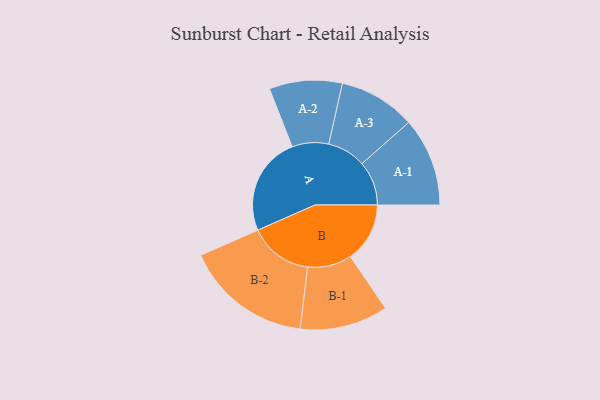
{"axis": {"x": "Segment", "y": "Value"}, "legend": ["", "A", "B"], "data": [{"x": "A", "y": 455, "type": ""}, {"x": "B", "y": 274, "type": ""}, {"x": "A-1", "y": 204, "type": "A"}, {"x": "A-2", "y": 168, "type": "A"}, {"x": "A-3", "y": 177, "type": "A"}, {"x": "B-1", "y": 203, "type": "B"}, {"x": "B-2", "y": 293, "type": "B"}]}